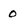
Character: 0